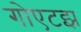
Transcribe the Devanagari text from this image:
गोएटझ